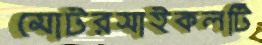
মোটরসাইকলটি